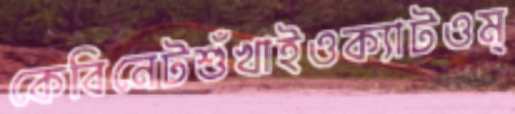
কেবিনেটশুঁখাইওক্যাটওম্